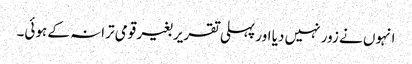
انہوں نے زور نہیں دیا اور پہلی تقریر بغیر قومی ترانہ کے ہوئی۔